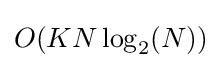
O(KN\log _{2}(N))